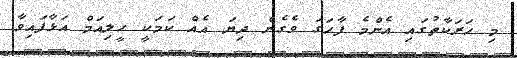
މި ހަރަކާތުގައި އެންމެ ފާހަގަ ވެގެން ދިޔަ އެއް ކަމަކީ ހީލިއަމް އަޅާފައިވާ